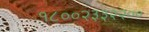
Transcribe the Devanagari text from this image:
१८००२३३२२००